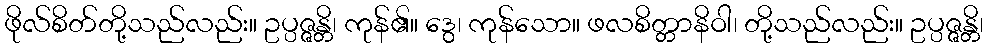
ဖိုလ်စိတ်တို့သည်လည်း။ ဥပ္ပဇ္ဇန္တိ၊ ကုန်၏။ ဒွေ၊ ကုန်သော။ ဖလစိတ္တာနိဝါ၊ တို့သည်လည်း။ ဥပ္ပဇ္ဇန္တိ၊